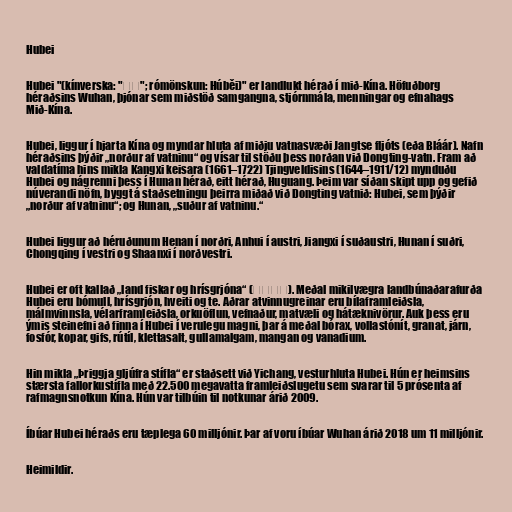
Hubei

Hubei "(kínverska: "湖北"; rómönskun: Húběi)" er landlukt hérað í mið-Kína. Höfuðborg
héraðsins Wuhan, þjónar sem miðstöð samgangna, stjórnmála, menningar og efnahags
Mið-Kína.

Hubei, liggur í hjarta Kína og myndar hluta af miðju vatnasvæði Jangtse fljóts (eða Bláár). Nafn
héraðsins þýðir „norður af vatninu“ og vísar til stöðu þess norðan við Dongting-vatn. Fram að
valdatíma hins mikla Kangxi keisara (1661–1722) Tjingveldisins (1644–1911/12) mynduðu
Hubei og nágrenni þess í Hunan hérað, eitt hérað, Huguang. Þeim var síðan skipt upp og gefið
núverandi nöfn, byggt á staðsetningu þeirra miðað við Dongting vatnið: Hubei, sem þýðir
„norður af vatninu“; og Hunan, „suður af vatninu.“

Hubei liggur að héruðunum Henan í norðri, Anhui í austri, Jiangxi í suðaustri, Hunan í suðri,
Chongqing í vestri og Shaanxi í norðvestri.

Hubei er oft kallað „land fiskar og hrísgrjóna“ (鱼米之乡). Meðal mikilvægra landbúnaðarafurða
Hubei eru bómull, hrísgrjón, hveiti og te. Aðrar atvinnugreinar eru bílaframleiðsla,
málmvinnsla, vélarframleiðsla, orkuöflun, vefnaður, matvæli og hátæknivörur. Auk þess eru
ýmis steinefni að finna í Hubei í verulegu magni, þar á meðal bórax, vollastónít, granat, járn,
fosfór, kopar, gifs, rútíl, klettasalt, gullamalgam, mangan og vanadium.

Hin mikla „Þriggja gljúfra stífla“ er staðsett við Yichang, vesturhluta Hubei. Hún er heimsins
stærsta fallorkustífla með 22.500 megavatta framleiðslugetu sem svarar til 5 prósenta af
rafmagnsnotkun Kína. Hún var tilbúin til notkunar árið 2009.

Íbúar Hubei héraðs eru tæplega 60 milljónir. Þar af voru íbúar Wuhan árið 2018 um 11 milljónir.

Heimildir.